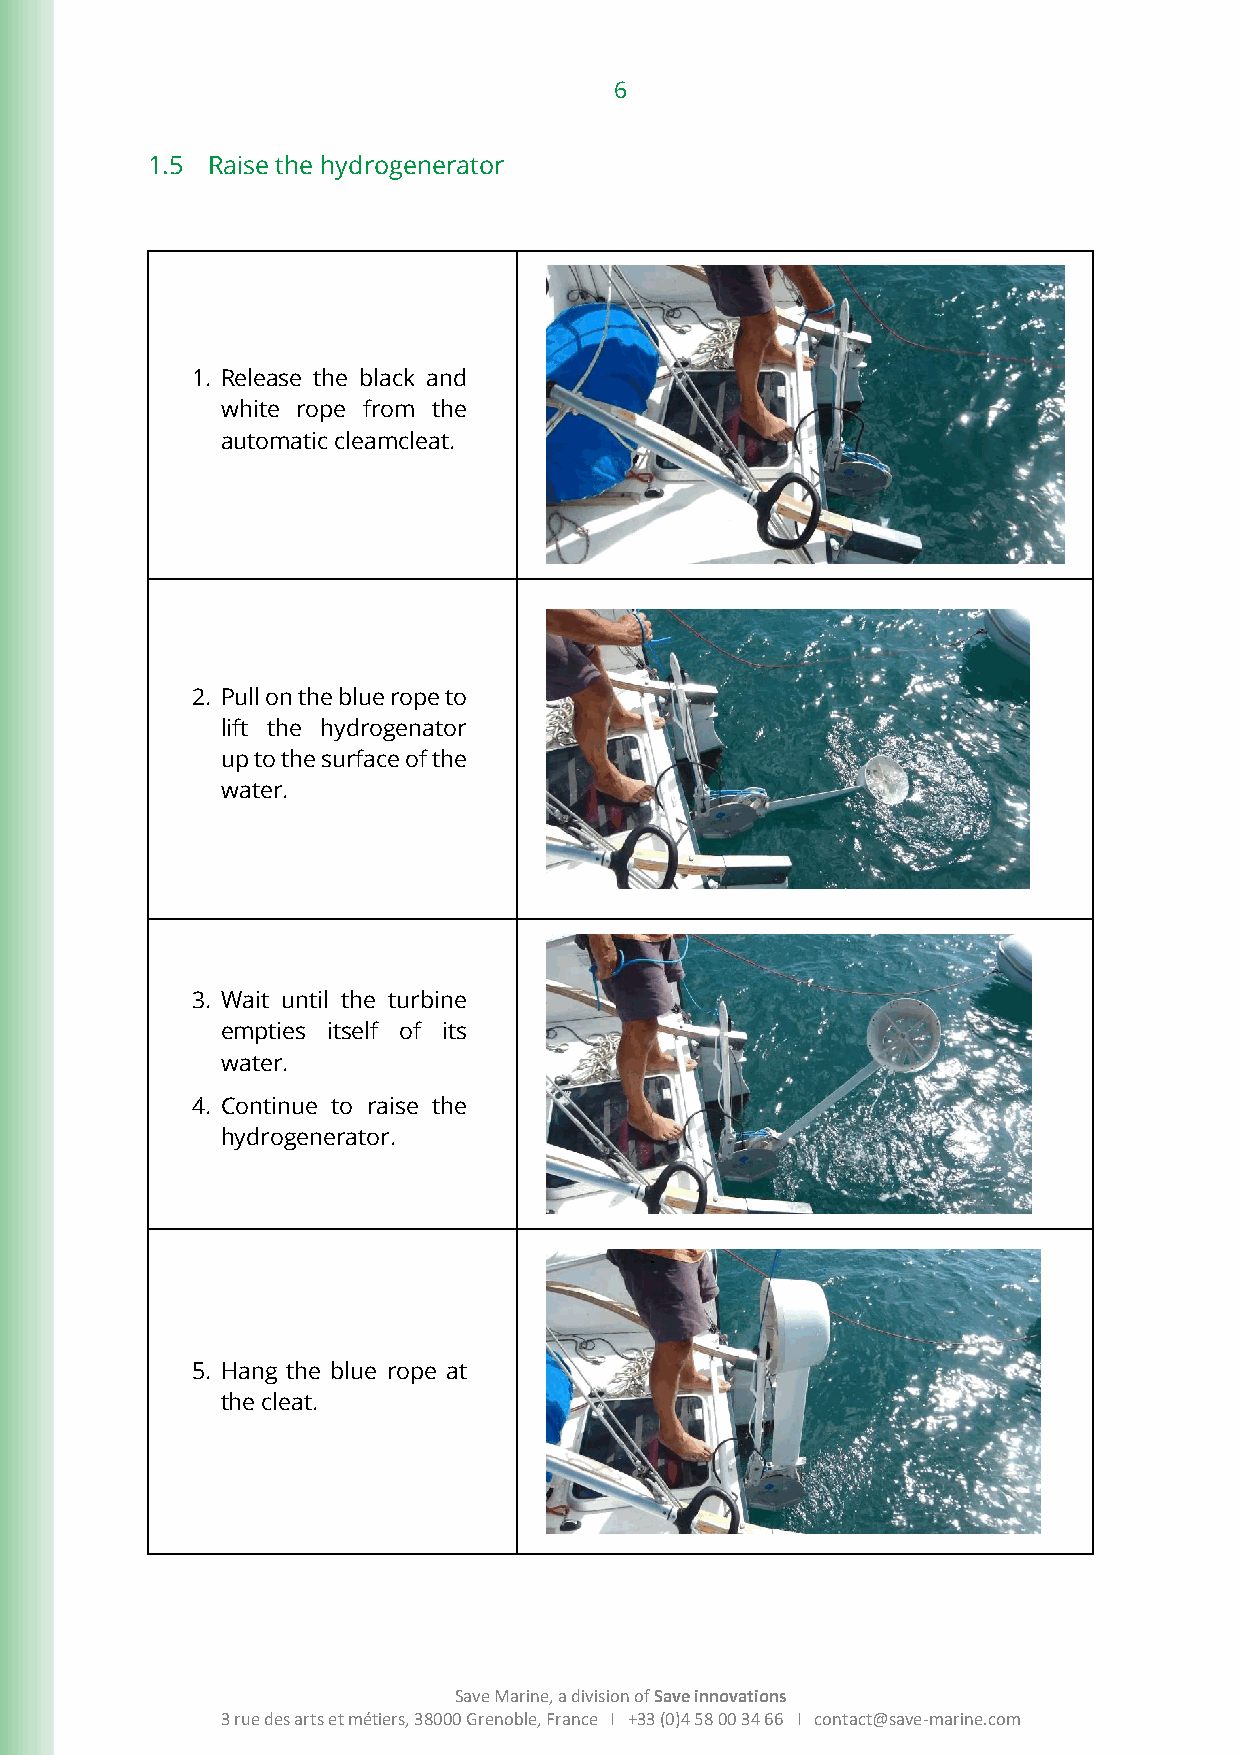
6
 1.5 Raise the hydrogenerator
 1. Release the black and
 white rope from the
 automatic cleamcleat.
 2. Pull on the blue rope to
 lift the hydrogenator
 up to the surface of the
 water.
 3. Wait until the turbine
 empties itself of its
 water.
 4. Continue to raise the
 hydrogenerator.
 5. Hang the blue rope at
 the cleat.
 Save Marine, a division of Save innovations
 3 rue des arts et métiers, 38000 Grenoble, France I +33 (0)4 58 00 34 66 I contact@save-marine.com